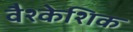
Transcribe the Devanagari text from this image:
वैश्केशिक